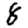
Digit: 8